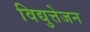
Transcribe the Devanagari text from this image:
विद्युत्तेजन